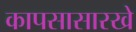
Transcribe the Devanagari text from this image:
कापसासारखे